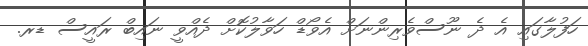
ހަފުލާގައި އެ ދެ ނޫސްވެރިންނަށް އެވޯޑް ހަވާލުކޮށް ދެއްވީ ނައިބް ރައީސް ޑރ.